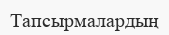
Тапсырмалардың